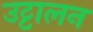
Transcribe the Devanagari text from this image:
उट्टालन